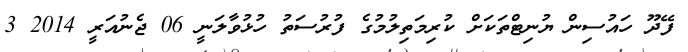
ފޭދޫ ހައުސިން ޔުނިޓްތަކަށް ކުރިމަތިލުމުގެ ފުރުސަތު ހުޅުވާލަނީ 06 ޖެނުއަރީ 2014 3